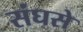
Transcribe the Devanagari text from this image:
संघसे